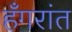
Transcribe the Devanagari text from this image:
हँगरांत